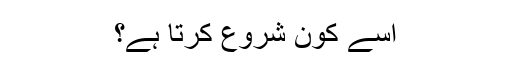
اسے کون شروع کرتا ہے؟